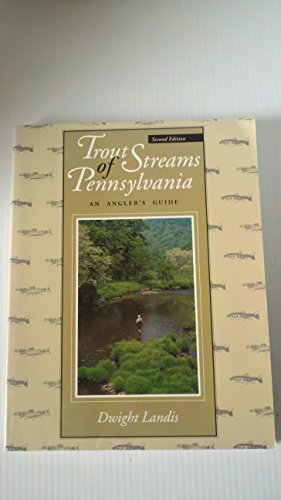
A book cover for Trout Streams of Pennsylvania: An Angler's Guide; Dwitht Landis; Travel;